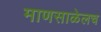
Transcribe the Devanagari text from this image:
माणसाळेलच